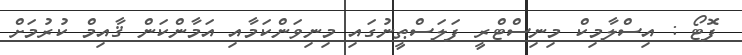
ފޮޓޯ : އިސްލާމިކް މިނިސްޓްރީ ފަލަސްޠީނުގައި މިނިވަންކަމާއި އަމާންކަން ޤާއިމް ކުރުމަށް